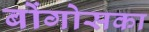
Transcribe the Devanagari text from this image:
बोंगोसका